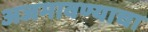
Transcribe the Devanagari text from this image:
अजमावण्याचा